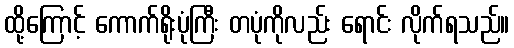
ထို့ကြောင့် ကောက်ရိုးပုံကြီး တပုံကိုလည်း ရောင်း လိုက်ရသည်။